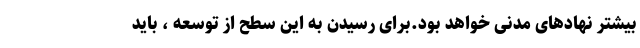
بیشتر نهادهای مدنی خواهد بود.برای رسیدن به این سطح از توسعه ، باید